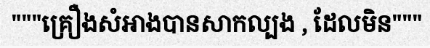
"""គ្រឿងសំអាងបានសាកល្បង , ដែលមិន"""